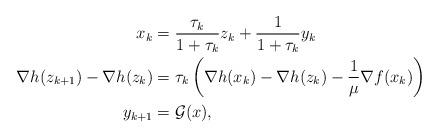
LaTeX: \begin{align*}x_k &= \frac{\tau_k}{1+\tau_k} z_k + \frac{1}{1+\tau_k} y_k \\\nabla h(z_{k+1}) - \nabla h(z_k) &= \tau_k \left( \nabla h(x_k) - \nabla h(z_k) - \frac{1}{\mu} \nabla f(x_k)\right) \\y_{k+1} &= \mathcal{G}(x), \end{align*}